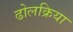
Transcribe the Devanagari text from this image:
ढोलक्रिया